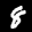
Label: 8